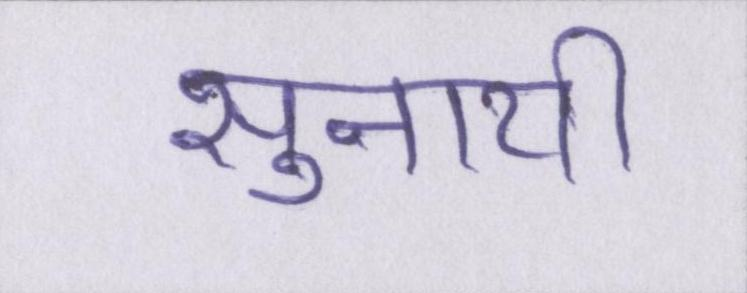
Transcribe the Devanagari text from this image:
सुनायी